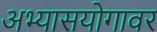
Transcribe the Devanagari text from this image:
अभ्यासयोगावर